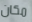
مكان